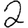
Digit: 2